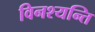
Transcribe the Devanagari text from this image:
विनश्यन्ति